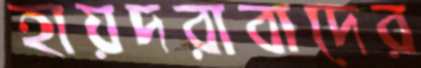
হায়দরাবাদের